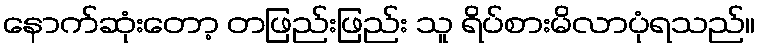
နောက်ဆုံးတော့ တဖြည်းဖြည်း သူ ရိပ်စားမိလာပုံရသည်။